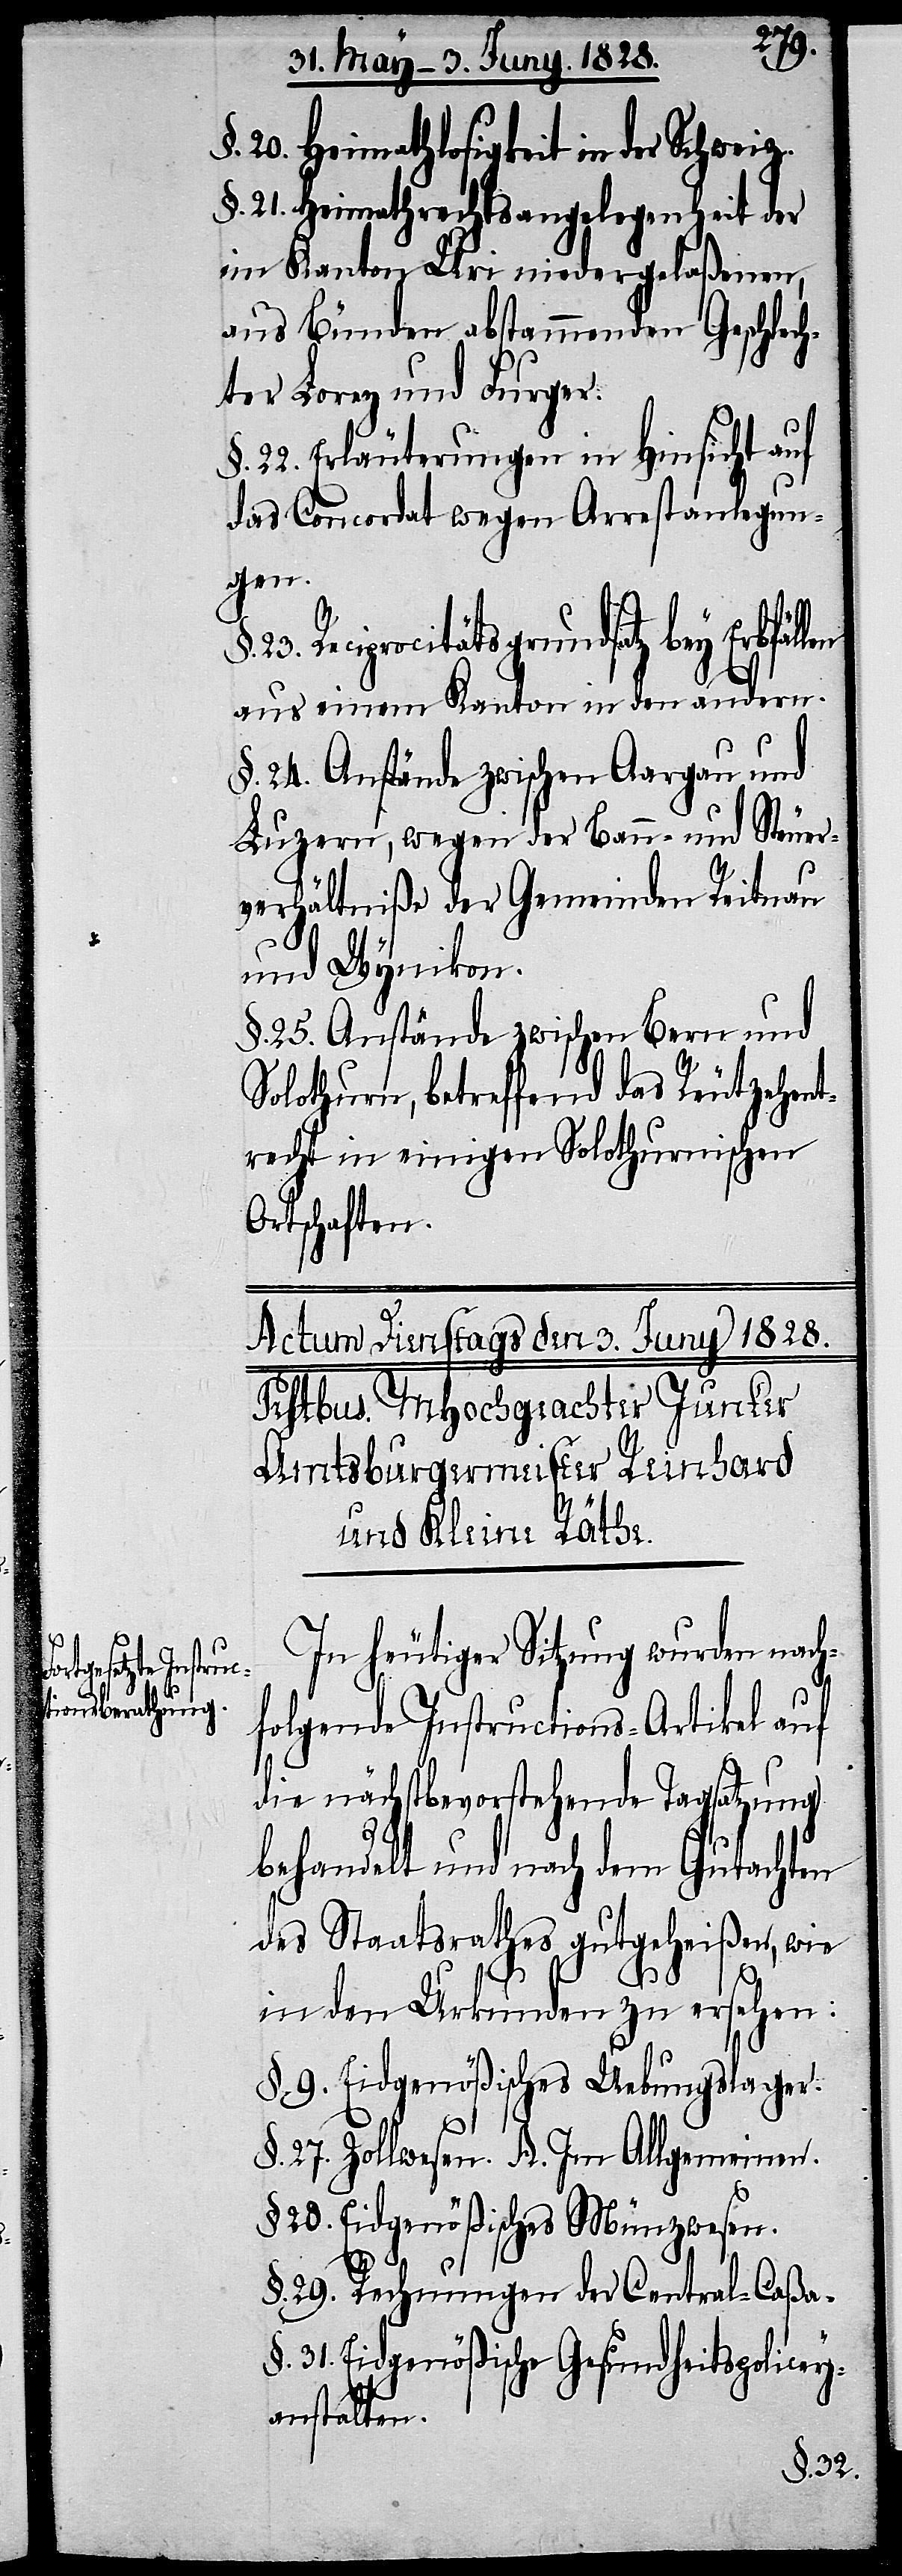
20. Heimathlosigkeit in der Schweiz.
§. 21. Heimathsrechtsangelegenheit der
im Kanton Uri niedergelaßenen,
aus Bünden abstammenden Geschlech¬
ter Lorez und Furger.
22. Erläuterungen in Hinsicht auf
das Concordat wegen Arrestanlegun¬
gen.
23. Reciprocitätsgrundsatz bey
aus einem Kanton in den andern.
§. 24. Anstände zwischen Aargau und
Luzern, wegen der Bann- und Steuer¬
verhältniße der Gemeinden Reitnau
und Wynikon.
§. 25. Anstände zwischen Bern und
Solothurn, betreffend das Reutzehent¬
recht in einigen Solothurnischen
Ortschaften.
In heutiger Sitzung wurden nach¬
folgende Instructions-Artikel auf
die nächstbevorstehende Tagsatzung
behandelt und nach dem Gutachten
des Staatsrathes gutgeheißen, wie
in den Urkunden zu ersehen:
§. 9. Eidgenößisches Uebungslager.
§. 27. Zollwesen. A. Im Allgemeinen.
§. 28. Eidgenößisches Münzwesen.
§. 29. Rechnungen der Central-Caßa.
§. 31. Eidgenößische Gesundheitspolicey¬
anstalten.